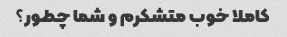
کاملا خوب متشکرم و شما چطور؟